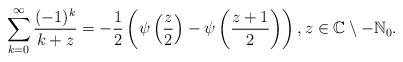
LaTeX: \begin{align*}\sum_{k=0}^\infty \frac{(-1)^k}{k + z} = -\frac{1}{2}\left(\psi\left(\frac{z}{2}\right) - \psi\left(\frac{z+1}{2}\right)\right), z \in \mathbb{C}\setminus -\mathbb{N}_0.\end{align*}